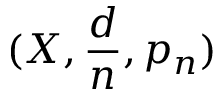
( X , { \frac { d } { n } } , p _ { n } )